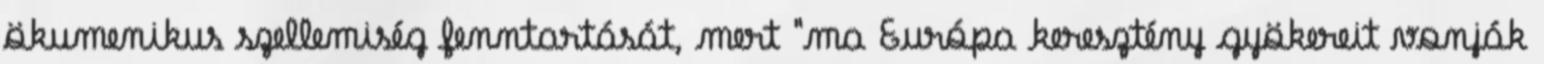
ökumenikus szellemiség fenntartását, mert "ma Európa keresztény gyökereit vonják